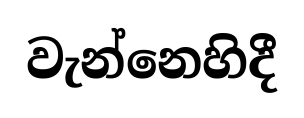
වැන්නෙහිදී